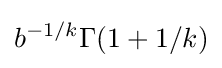
b^{-1/k}\Gamma (1+1/k)